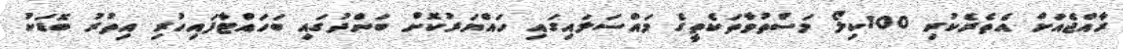
ރާއްޖެއަށް އެތެރެކުރި 100ކިލޯ މަސްތުވާތަކެތީގެ މައްސަލައިގައި ހައްޔަރުކޮށް ބަންދުގައި ބަހައްޓާފައިހުރި އިތުރު ބޮޑަކު